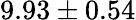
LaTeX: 9.93\pm 0.54